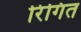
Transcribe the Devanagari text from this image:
रिंगित